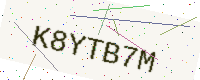
Text: K8YTB7M